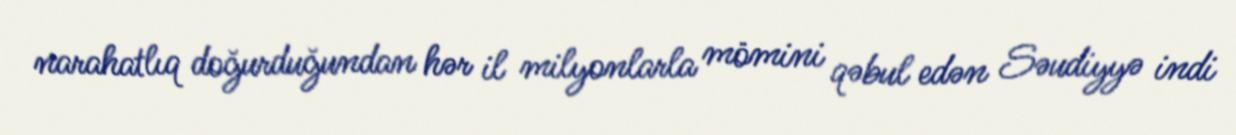
narahatlıq doğurduğundan hər il milyonlarla mömini qəbul edən Səudiyyə indi